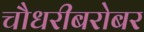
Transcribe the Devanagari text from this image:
चौधरीबरोबर